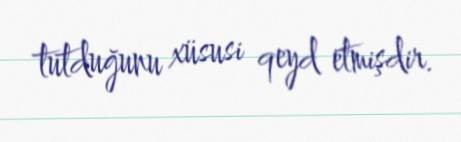
tutduğunu xüsusi qeyd etmişdir.